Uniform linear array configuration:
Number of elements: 4
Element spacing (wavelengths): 1
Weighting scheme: hann
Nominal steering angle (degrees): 15
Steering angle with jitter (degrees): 14.941
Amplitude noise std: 0.05
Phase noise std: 0.05

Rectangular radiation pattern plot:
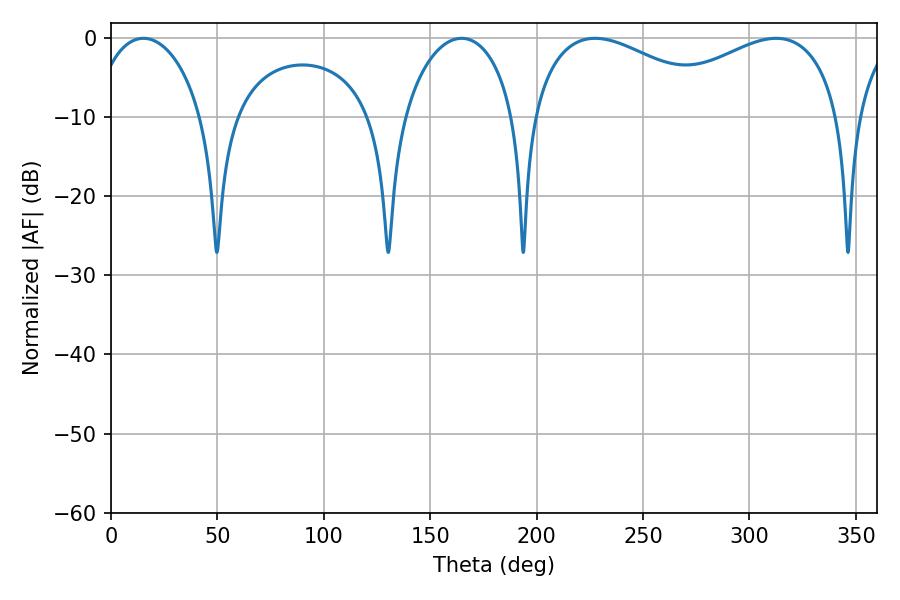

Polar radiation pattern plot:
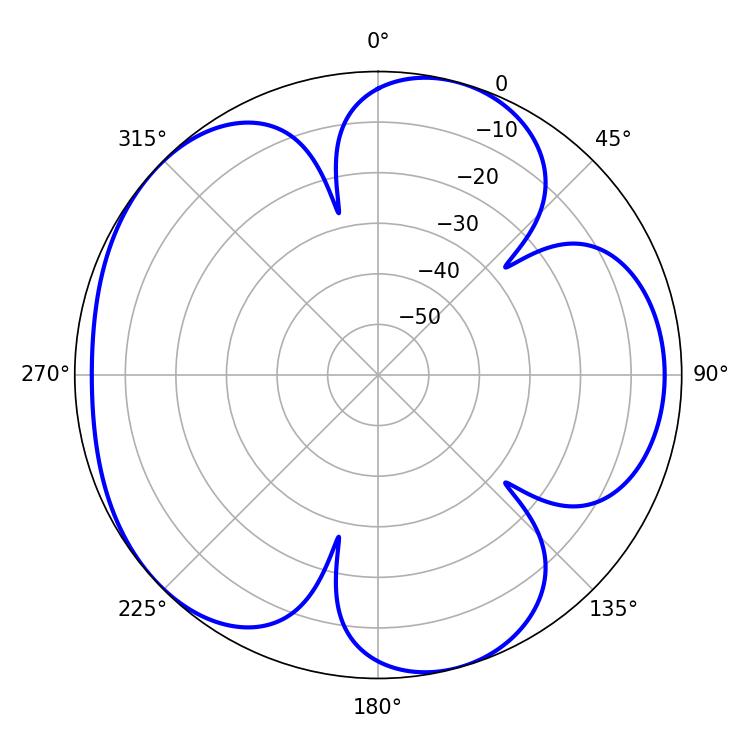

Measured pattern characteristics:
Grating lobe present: TRUE
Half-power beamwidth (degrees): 51.66
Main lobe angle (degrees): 227.52